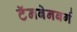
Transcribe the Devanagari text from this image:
टॅनबेनबर्ग